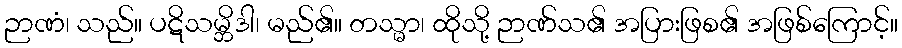
ဉာဏံ၊ သည်။ ပဋိသမ္ဘိဒါ၊ မည်၏။ တသ္မာ၊ ထိုသို့ ဉာဏ်သ၏ အပြားဖြစ၏ အဖြစ်ကြောင့်။